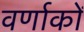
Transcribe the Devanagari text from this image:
वर्णाकों